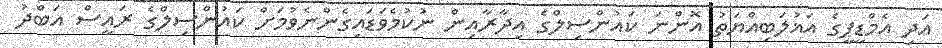
އަދި އެމްޑީޕީގެ އަޣުލަބިއްޔަތު އޮންނަ ކައުންސިލްގެ އިދާރާއިން ނުކުމެވަޑައިގެންނެވުމަށް ކައުންސިލްގެ ރައީސް އަބްދު